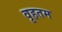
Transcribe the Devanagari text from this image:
वृहतम